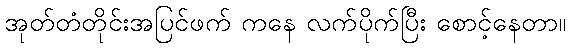
အုတ်တံတိုင်းအပြင်ဖက် ကနေ လက်ပိုက်ပြီး စောင့်နေတာ။